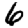
Digit: 6